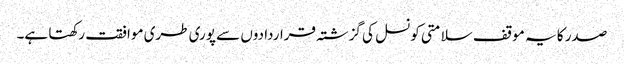
صدر کا یہ موقف سلامتی کونسل کی گزشتہ قراردادوں سے پوری طری موافقت رکھتا ہے۔